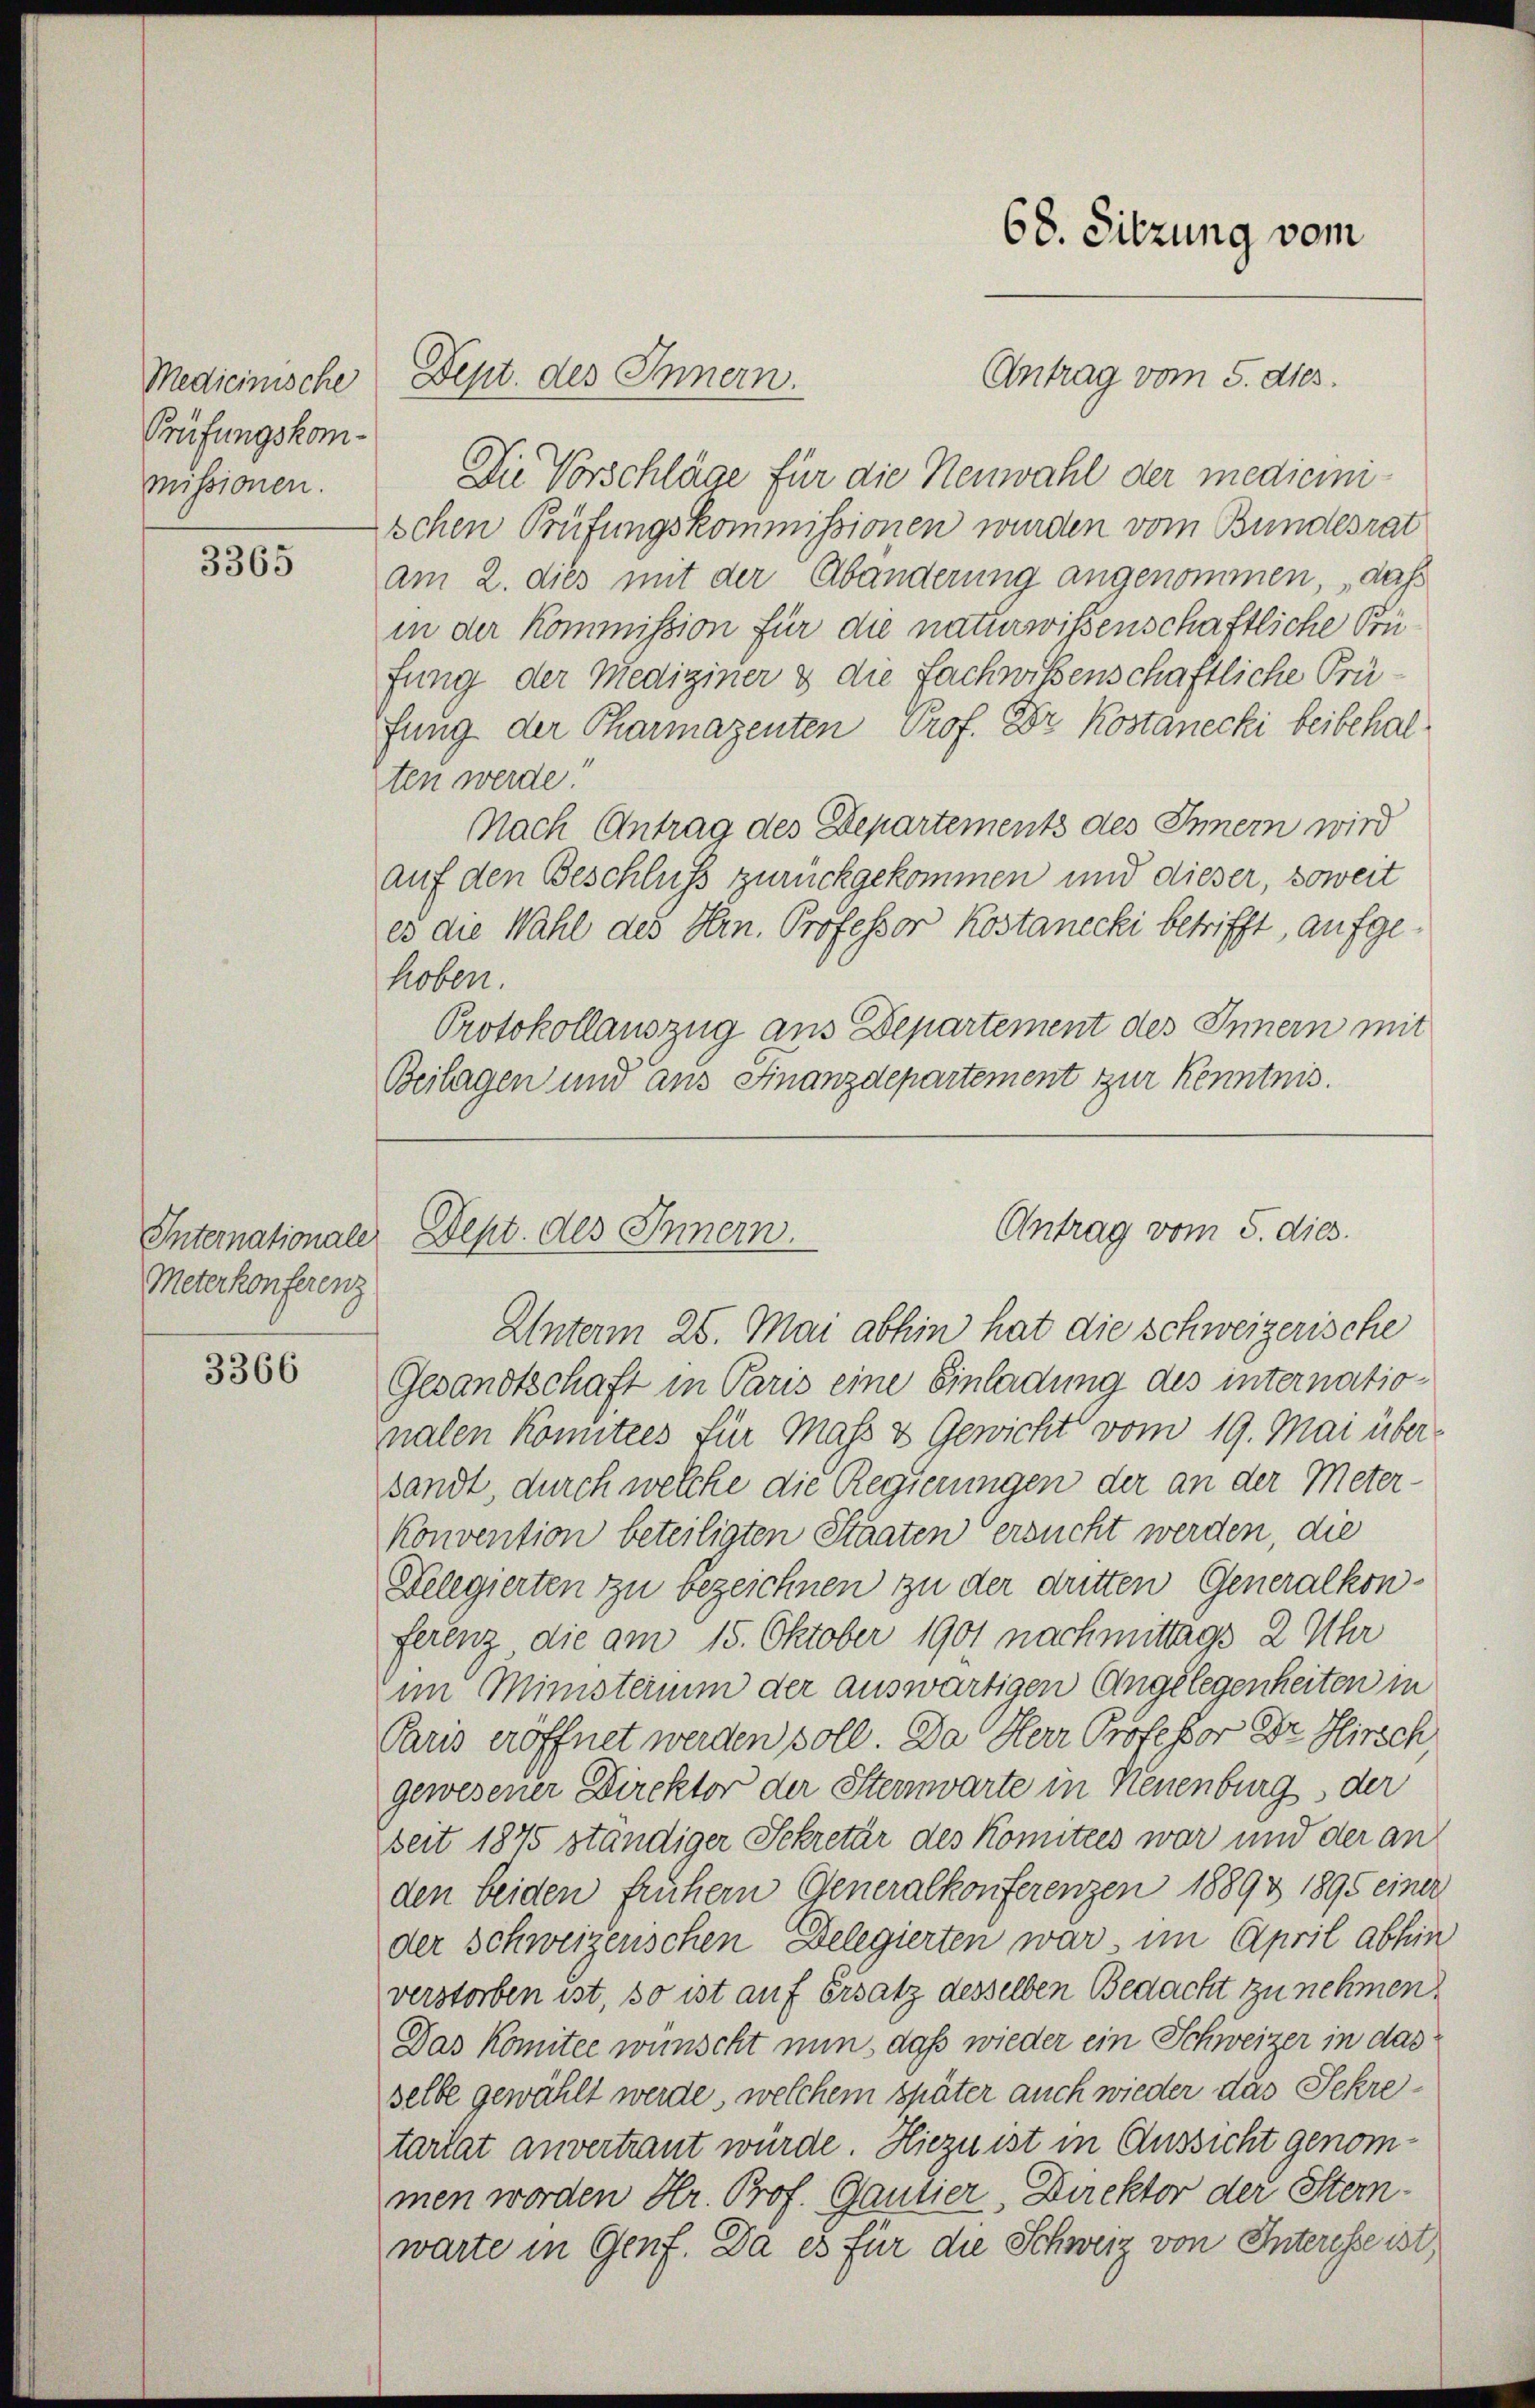
Medicinische
Prüfungskommissionen.

3365

Internationale
Meterkonferenz

3366

Antrag vom 5. ds.
Die Vorschläge für die Neuwahl der medicinischen Prüfungskommissionen wurden vom Bundesrat
am 2. dies mit der Abänderung angenommen, daß
in der Kommission für die naturwissenschaftliche Prüfung der Mediziner & die Fachwissenschaftliche Prüfung der Pharmazenten Prof. Dr. Kostanecki beibehalten werde
Nach Antrag des Departements des Innern wird
auf den Beschluss zurückgekommen und dieser, soweit
es die Wahl des Hrn. Professor Kostanecki betrifft, aufgehoben.
Protokollauszug aus Departement des Innern mit
Beilagen und aus Finanzdepartement zur Kenntnis.

Dept. des Innern.

Sept. des Innern.

68. Sitzung vom

Antrag vom 5. dies.

Unterm 25. Mai abhin hat die schweizerische
Gesandtschaft in Paris eine Einladung des internationalen konntes für Mass 3 Gewicht vom 19. Mai übersandt, durch welche die Regierungen der an der Meter
Konvention beteiligten Staaten ersucht werden, die
Delegierten zu bezeichnen zu der dritten Generalkon-
ferenz die am 15. Oktober 1901 nachmittags 2 Uhr
im Ministerium der auswärtigen Angelegenheiten in
Paris eröffnet werden soll. Da Herr Professor Dr Hirsch
gewesener Direktor der Steinwarte in Neuenburg der
beit 1875 ständiger Sekretär des Komitees war und der an
den beiden frühern Generalkonferenzen 1889 1895 einer
der Schweizerischen Delegierten war im April abhin
verstorben ist so ist auf Ersatz desselben Bedacht zu nehmen.
Das Komitee wünscht nun, daß wieder ein Schweizer in das
selbe gewählt werde, welchem später auch wieder das Sekretartat anvertraut würde. Hiezu ist in Aussicht genommen worden Hr. Prof. Gantier, Direktor der Stemwarte in Genf. Da es für die Schweiz von Interesse ist